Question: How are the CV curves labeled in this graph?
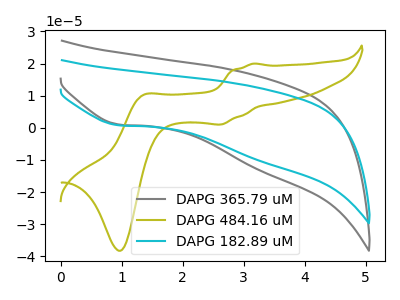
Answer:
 <answer>The gray curve is labeled "DAPG 365.79 uM". The olive curve is labeled "DAPG 484.16 uM". The cyan curve is labeled "DAPG 182.89 uM".</answer>
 <eval></eval>